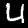
Digit: 4